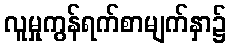
လူမှုကွန်ရက်စာမျက်နှာ၌